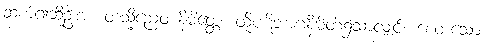
ဆက်၍ဆိုဦးအံ့။ တသ္မိညေဝ နိမိတ္တေ၊ ထိုပဋိဘာဂနိမိတ်၌သာလျှင်။ စေတသော၊